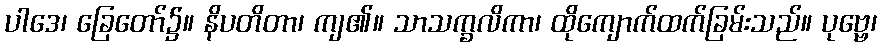
ပါဒေ၊ ခြေတော်၌။ နိပတိတာ၊ ကျ၏။ သာသက္ခလိကာ၊ ထိုကျောက်ထက်ခြမ်းသည်။ ပုဗ္ဗေ၊